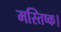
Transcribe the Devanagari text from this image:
मस्तिष्क।